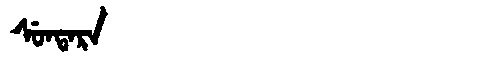
Manchu: ᠰᡠᠨᡨᠠᡵᠠ
Romanization: SUNTARA